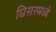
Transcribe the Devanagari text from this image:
घिसरमध्ये